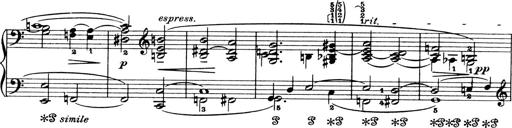
Title: 4 Sonatines
Composer: Max Reger